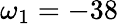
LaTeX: \omega_{1}=-38